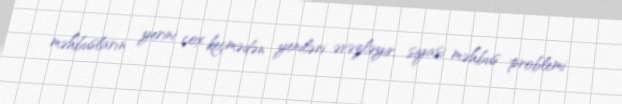
məhbusların yerini çox keçmədən yeniləri əvəzləyir, siyasi məhbus problemi